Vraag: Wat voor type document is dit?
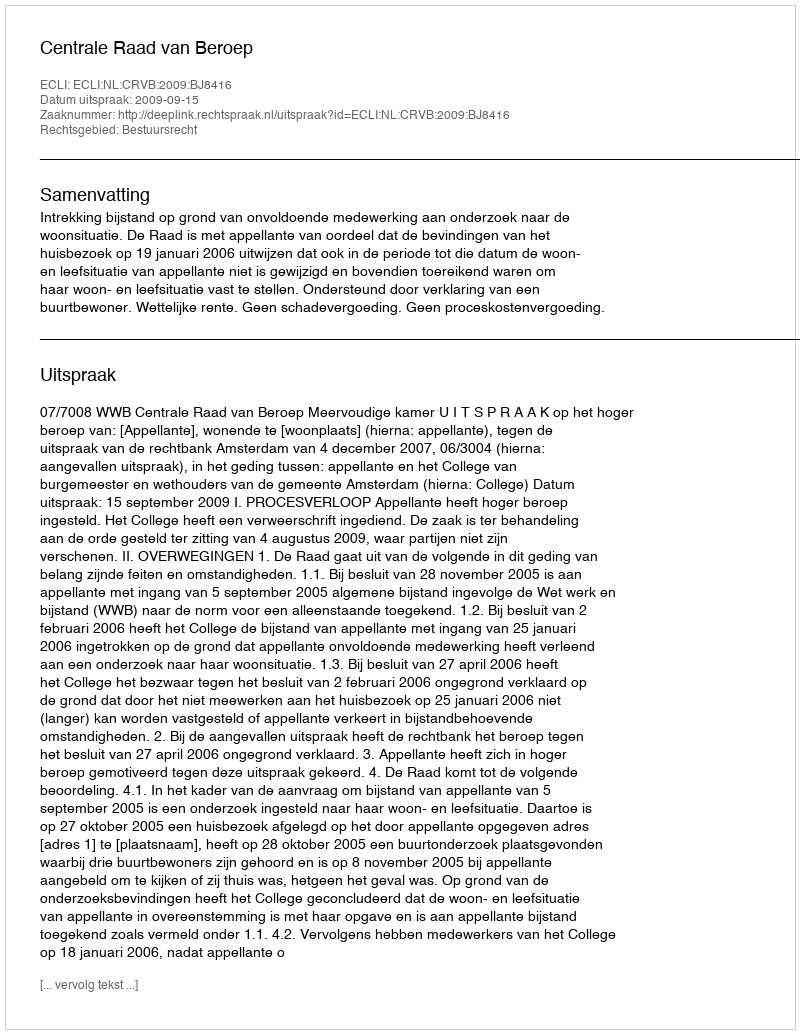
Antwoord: Uitspraak